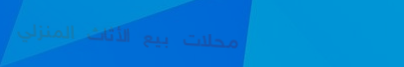
محلات بيع الأثاث المنزلي